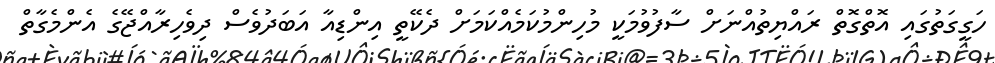
ހަގީގަތުގައި އޮތްގޮތް ރައްޔިތުއްނަށް ސާފުވުމަކީ މުހިންމުކަމެއްކަމަށް ދެކޭތީ އިންޑިއާ އަބަދުވެސް ދިވެހިރާއްޖޭގެ އެންމެގާތް